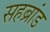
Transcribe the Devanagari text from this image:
सहब्रांड